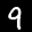
Label: 9